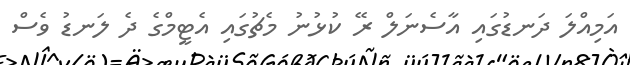
އަމިއްލަ ދަނޑުގައި އާސެނަލް ރޭ ކުޅުނު މެޗުގައި އެޓީމްގެ ދެ ލަނޑު ވެސް